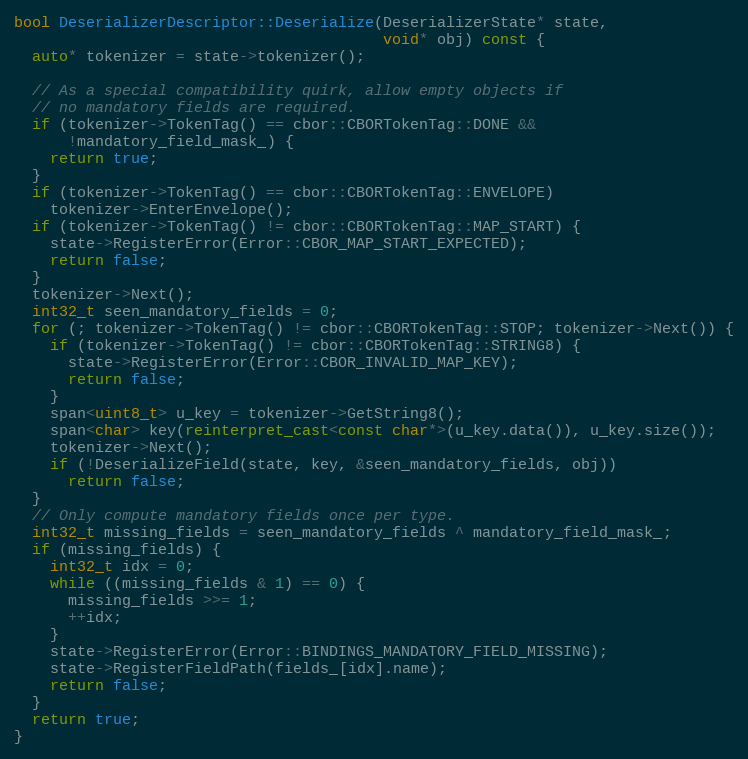
Language: C++
bool DeserializerDescriptor::Deserialize(DeserializerState* state,
                                         void* obj) const {
  auto* tokenizer = state->tokenizer();

  // As a special compatibility quirk, allow empty objects if
  // no mandatory fields are required.
  if (tokenizer->TokenTag() == cbor::CBORTokenTag::DONE &&
      !mandatory_field_mask_) {
    return true;
  }
  if (tokenizer->TokenTag() == cbor::CBORTokenTag::ENVELOPE)
    tokenizer->EnterEnvelope();
  if (tokenizer->TokenTag() != cbor::CBORTokenTag::MAP_START) {
    state->RegisterError(Error::CBOR_MAP_START_EXPECTED);
    return false;
  }
  tokenizer->Next();
  int32_t seen_mandatory_fields = 0;
  for (; tokenizer->TokenTag() != cbor::CBORTokenTag::STOP; tokenizer->Next()) {
    if (tokenizer->TokenTag() != cbor::CBORTokenTag::STRING8) {
      state->RegisterError(Error::CBOR_INVALID_MAP_KEY);
      return false;
    }
    span<uint8_t> u_key = tokenizer->GetString8();
    span<char> key(reinterpret_cast<const char*>(u_key.data()), u_key.size());
    tokenizer->Next();
    if (!DeserializeField(state, key, &seen_mandatory_fields, obj))
      return false;
  }
  // Only compute mandatory fields once per type.
  int32_t missing_fields = seen_mandatory_fields ^ mandatory_field_mask_;
  if (missing_fields) {
    int32_t idx = 0;
    while ((missing_fields & 1) == 0) {
      missing_fields >>= 1;
      ++idx;
    }
    state->RegisterError(Error::BINDINGS_MANDATORY_FIELD_MISSING);
    state->RegisterFieldPath(fields_[idx].name);
    return false;
  }
  return true;
}